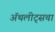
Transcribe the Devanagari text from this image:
ॲथलीट्सचा